Vaccination in Burma 1912-1922 - 1912-1922
Year: 1912
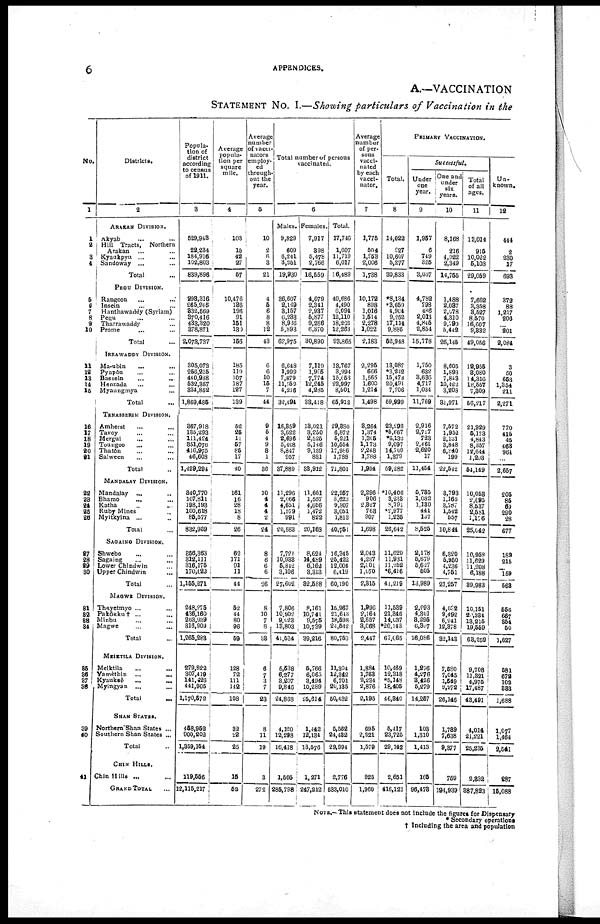
6
APPENDICES.
A.—VACCINATION
STATEMENT No. I.—Showing particulars of Vaccination in the
No.
1
1
2
3
4
5
6
7
8
9
10
11
12
13
14
16
16
17
18
19
20 21
22
23
24
25 26
27
28
29
30
31
32
33
34
35
36
37
38
39
40
41
Districts.
2
ARAKAN DIVISION.
Akyab ... ...
Hill Tracts,
Northern
Arakan ... ...
Kyaukpyu ... ...
Sandoway ...
Total ...
PEGU DIVISION.
Rangoon ... ...
Insein ... ...
Hanthawaddy (Syriam)
Pegu ... ...
Tharrawaddy ... ...
Prome ... ...
Total ...
IRRAWADDY DIVISION.
Ma-ubin
...
...
Pyapôn ... ...
Bassein ... ...
Henzada ... ...
Myaungmya ... ...
Total ...
TENASSERIM DIVISION.
Amherst ... ...
Tavoy ... ...
Mergui ... ...
Toungoo ... ...
Thatôn ... ...
Salween ... ...
Total ...
MANDALAY DIVISION.
Mandalay ... ...
Bhamo ... ...
Katha ... ...
Ruby Mines ... ...
Myitkyina ...
Total ...
SAGAING DIVISION.
Shwebo ... ...
Sagaing ... ...
Lower Chindwin ... ...
Upper Chindwin ...
Total ...
MAGWE DIVISION.
Thayetmyo ... ...
Pakôkku† ... ...
Minbu ... ...
Magwe ... ...
Total ...
MEIKTILA DIVISION.
Melktila ... ...
Yamèthin
... ...
Kyauksè ... ...
Myingyan ... ...
Total ...
SHAN STATES.
Northern Shan States ...
Southern Shan States ...
Total ...
CHIN HILLS.
Chin Hills ... ...
GRAND TOTAL ...
Popula-
tion of
district
according
to census
of 1911.
3
529,948
22,234
184,916
102,803
839,896
293,316
265,245
332,560
370,416
433,320
378,871
2,073,737
305,073
256,215
440,988
532,357
334,852
1,869,485
367,918
135,293
111,424
351,076
416,975
46,608
1,429,294
340,770
107,811
198,193
100,618
85,577
832,969
356,863
312,111
316,175
170,622
1,155,271
248,275
436,160
263,939
316,909
1,265,283
279,822
307,419
141,426
441,905
1,170,572
458,952
900,202
1,359,154
119,556
12,115,217
Average
popula-
tion per
square
mile.
4
103
15
42
27
57
10,476
136
196
91
151
130
156
185
119
107
187
127
139
52
25
11
57
85
17
40
161
16
28
18
8
26
62
171
91
11
44
52
44
80
96
59
128
72
111
142
108
32
22
25
15
52
Average
number
of vacci¬
nators
employ-
ed
through-
out the
year.
5
10
2
6
3
21
4
5
6
8
8
12
43
6
6
10
15
7
44
9
5
4
9
8
1
36
10
4
4
4
2
24
8
6
6
6
26
8
10
7
8
33
6
7
3
7
23
8
11
19
3
272
Total number of persons
vaccinated.
6
Males.
9,829
609
6,241
3,251
19,930
36,607
2,149
3,157
6,233
8,936
5,893
62,975
6,648
1,999
7,879
11,752
4,216
32,494
16,359
3,622
2,696
5,408
8,847
957
37,889
11,296
2,066
4,651
1,579
991
20,583 ,
7,721
10,933
5,842
3,106
27,602
7,806
10,902
9,023
13,803
41,534
5,538
6,277
3,207
9,846
24,868
4,120
12,298
16,418
1,505
285,798
Females.
7,917
398
5,478
2,766
16,559
4,079
2,341
2,937
5,877
9,286
6,370
30,890
7,119
1,995
7,774
12,245
4,285
33,418
18,021
3,250
2,525
5,146
9,139
831
38,912
11,661
1,557
1,656
1,472
822
20,168
8,624
14,489
6,162
3,313
32,588
8,161
10,741
9,575
10,739
39,216
5,766
6,065
3,494
10,289
25,614
1,442
12,134
13,576
1,271
247,212
Total.
17,746
1,007
11,719
6,017
36,489
40,686
4,490
6,094
12,110
18,232
12,263
93,865
18,767
3,994
15,653
23,997
8,501
65,912
29,380
6,872
5,221
10,554
17,986
1,788
71,801
22,957
3,623
9,307
3,051
1,813
40,751
16,345
25,422
12,004
6,419
60,190
15,967
21,643
18,598
24,542
80,750
11,304
12,342
6,701
20,135
50,482
5,562
24,482
29,994
2,776
533,010
Average
number
of per-
sons
vacci-
nated
by each
vacci¬
nator.
7
1,775
504
1,953
2,006
1,738
10,172
898
1,016
1,514
2,278
1,022
2,183
2,295
666
1,565
1,600
1,214
1,498
3,264
1,374
1,305
1,173
2,248
1,788
1,994
2,296
906
2,327
763
907
1,698
2,043
4,237
2,001
1,070
2,315
1,996
2,164
2,657
3,068
2,447
1,884
1,763
2,234
2,876
2,195
695
2,221
1,579
925
1,960
PRIAMRY VACCINATION.
Total.
8
14,022
927
10,607
5,277
30,833
*8,134
*3,659
4,904
9,252
17,114
9,885
52,948
13,087
*3,242
15,473
20,491
7,706
59,999
23,298
*5,667
*5,132
9,097
14,709
1,379
59,282
*10,406
3,233
8,791
*2,977
1,235
26,642
11,620
11,981
11,252
*6,416
41,219
11,539
21,346
14,037
*20,143
67,065
10,469
12,318
*5,148
18,405
46,340
5,417
23,725
29,142
2,651
416,121
Successful.
Under
one
year
9
1,957
6
749
325
3,087
4,782
798
486
2,013
4,845
2,854
15,778
1,750
632
3,636
4,717
1,034
11,769
2,916
2,717
723
2,461
2,620
17
11,454
5,735
1,082
1,130
441
137
8,525
2,178
5,679
5,627
505
13,989
2,093
4,301
3,295
6,397
16,086
1,276
4,276
3,426
5,279
14,257
103
1,310
1,413
165
96,473
One and
under
six
years.
10
8,168
216
4,022
2,349
14,755
1,488
2,037
2,078
4,310
9,790
5,442
25,145
8,605
1,893
7,843
10,422
3,208
31,971
7,572
1,952
2,131
3,848
6,840
199
22,542
8,793
1,165
3,787
1,542
557
10,844
6,320
5,950
4,236
4,751
21,257
4,032
9,492
6,241
12,378
32,143
7,580
7,045
1,549
9,972
26,146
1,739
7,638
9,377
759
194,939
Total
of all
ages.
11
13,014
915
10,022
5,108
29,059
7,662
3,358
3,527
8,570
16,607
9,332
49,056
12,955
3,080
14,316
18,557
7,309
56,217
21,929
5,173
4,843
8,357
12,644
1,203
54,149
10,053
2,095
8,537
2,581
1,176
25,042
10,958
11,629
11,208
6,188
89,983
10,151
20,334
13,215
19,559
63,259
9,708
11,321
4,975
17,487
43,491
4,014
21,221
25,235
2,332
387,823
Un-
known.
12
444
2
230
17
693
372
88
1,217
206
...
201
2,084
3
50
653
1,354
211
2,271
770
415
45
463
964
...
2,657
205
85
69
290
28
677
189
215
...
159
568
556
667
354
50
1,627
581
672
102
883
1,688
1,077
1,464
2,541
287
15,088
NOTE.—This statement does not include the figures for Dispensary
* Secondary operations
† Including the area and population